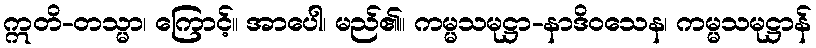
ဣတိ-တသ္မာ၊ ကြောင့်။ အာပေါ၊ မည်၏။ ကမ္မသမုဋ္ဌာ-နာဒိဝသေန၊ ကမ္မသမုဋ္ဌာန်